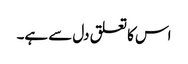
اس کا تعلق دل سے ہے۔